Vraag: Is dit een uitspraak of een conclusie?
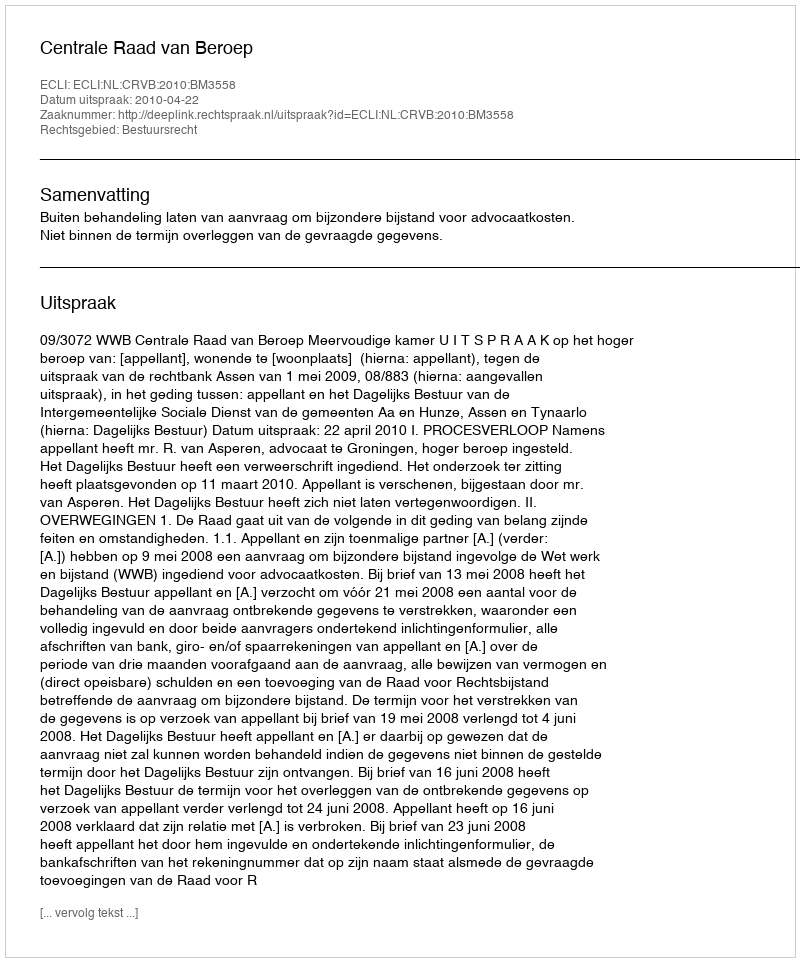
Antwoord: Uitspraak